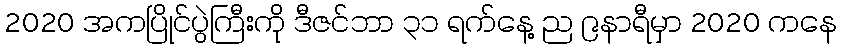
2020 အကပြိုင်ပွဲကြီးကို ဒီဇင်ဘာ ၃၁ ရက်နေ့ ည ၉နာရီမှာ 2020 ကနေ